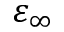
\varepsilon _ { \infty }